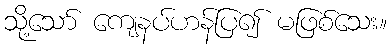
သို့သော် ကျေနပ်ဟန်ပြ၍ မဖြစ်သေး။